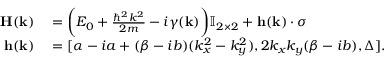
\begin{array} { r l } { \mathbf { H } ( \mathbf { k } ) } & { { } = \bigg ( E _ { 0 } + \frac { \hbar ^ { 2 } k ^ { 2 } } { 2 m } - i \gamma ( \mathbf { k } ) \bigg ) \mathbb { I } _ { 2 \times 2 } + \mathbf { h } ( \mathbf { k } ) \cdot \boldsymbol \sigma } \\ { \mathbf { h } ( \mathbf { k } ) } & { { } = [ \alpha - i a + ( \beta - i b ) ( k _ { x } ^ { 2 } - k _ { y } ^ { 2 } ) , 2 k _ { x } k _ { y } ( \beta - i b ) , \Delta ] . } \end{array}